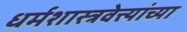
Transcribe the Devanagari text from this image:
धर्मशास्त्रवेत्त्यांच्या